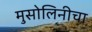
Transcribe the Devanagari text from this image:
मुसोलिनीचा